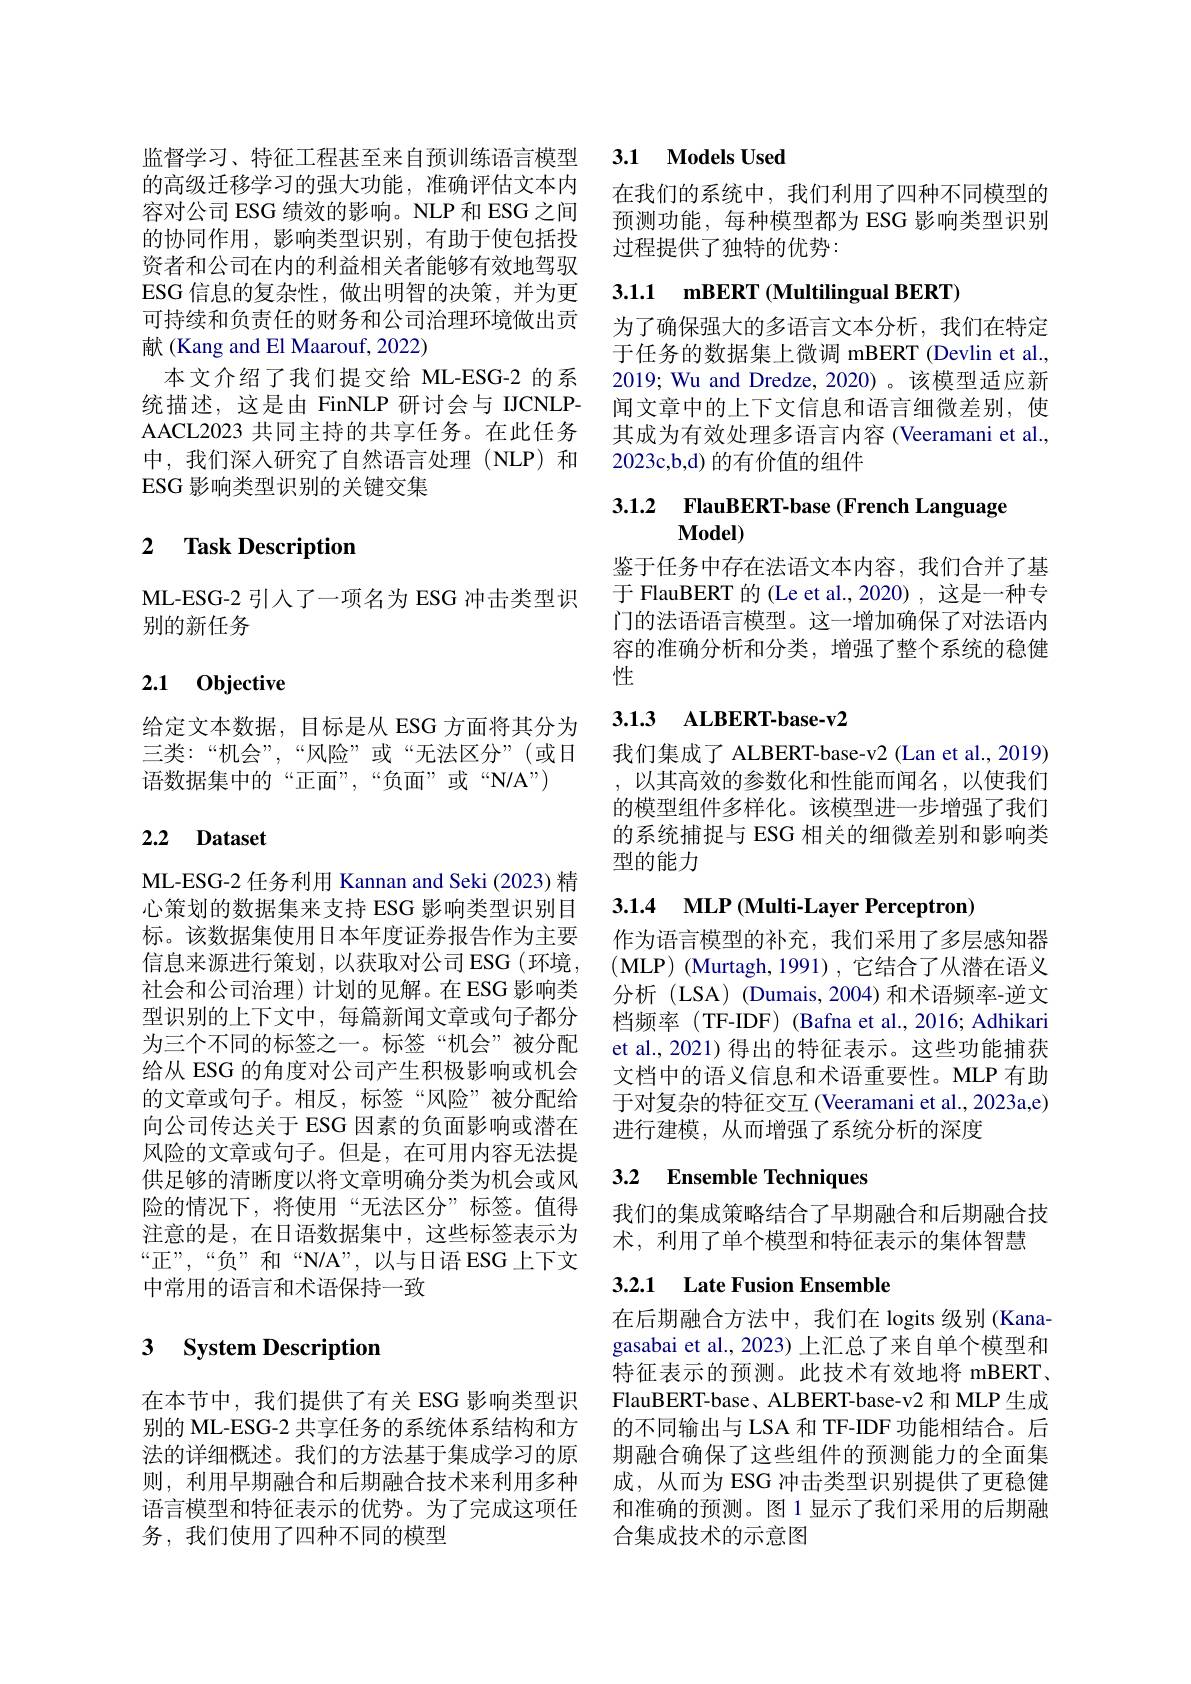
的高级迁移学习的强大功能，准确评估文本内容对公司 ESG 绩效的影响。NLP 和 ESG 之间的协同作用，影响类型识别，有助于使包括投资者和公司在内的利益相关者能够有效地驾驭ESG 信息的复杂性，做出明智的决策，并为更可持续和负责任的财务和公司治理环境做出贡献(Kang and El Maarouf, 2022)
本文介绍了我们提交给 ML-ESG-2 的系统描述，这是由 FinNLP 研讨会与 IJCNLPAACL2023 共同主持的共享任务。在此任务中，我们深人研究了自然语言处理(NLP)和ESG 影响类型识别的关键交集

### 2 $\textbf{Task Description}$

ML-ESG-2 引入了一项名为 ESG 冲击类型识
别的新任务

## 2.1 0bjective

给定文本数据，目标是从 ESG 方面将其分为三类：“机会”,“风险”或“无法区分”(或日语数据集中的“正面”,“负面”或“N/A”)

### 2.2 Dataset

ML-ESG-2 任务利用 Kannan and Seki (2023) 精心策划的数据集来支持 ESG 影响类型识别目标。该数据集使用日本年度证券报告作为主要信息来源进行策划，以获取对公司ESG(环境， 社会和公司治理)计划的见解。在 ESG 影响类型识别的上下文中，每篇新闻文章或句子都分为三个不同的标签之一。标签“机会”被分配给从 ESG 的角度对公司产生积极影响或机会的文章或句子。相反，标签“风险”被分配给向公司传达关于 ESG 因素的负面影响或潜在风险的文章或句子。但是，在可用内容无法提供足够的清晰度以将文章明确分类为机会或风险的情况下，将使用“无法区分”标签。值得注意的是，在日语数据集中，这些标签表示为“正”,“负”和“N/A”,以与日语ESG上下文中常用的语言和术语保持一致

# 3 System Description

在本节中，我们提供了有关 ESG 影响类型识
务，我们使用了四种不同的模型

## 监督学习、特征工程甚至来自预训练语言模型3.1 $\textbf{Models Used}$

在我们的系统中，我们利用了四种不同模型的预测功能，每种模型都为 ESG 影响类型识别过程提供了独特的优势：

## 3.1.1 mBERT (Multilingual BERT)

为了确保强大的多语言文本分析，我们在特定于任务的数据集上微调 mBERT (Devlin et al., 2019; Wu and Dredze, 2020)。该模型适应新闻文章中的上下文信息和语言细微差别，使其成为有效处理多语言内容 (Veeramani et al., 2023c,b,d) 的有价值的组件

# 3.1.2 $\textbf{FlauBERT- base ( French Language}$

鉴于任务中存在法语文本内容，我们合并了基于 FlauBERT 的 (Le et al.,2020) , 这是一种专门的法语语言模型。这一增加确保了对法语内容的准确分析和分类，增强了整个系统的稳健性

## 3.1.3 ALBERT-base-v2

我们集成了 ALBERT-base-v2 (Lan et al., 2019) ,以其高效的参数化和性能而闻名，以使我们的模型组件多样化。该模型进一步增强了我们的系统捕捉与 ESG 相关的细微差别和影响类型的能力

# 3.1.4 MLP (Multi-Layer Perceptron)

作为语言模型的补充，我们采用了多层感知器(MLP)(Murtagh,1991),它结合了从潜在语义分析 (LSA) (Dumais, 2004) 和术语频率-逆文档频率 (TF-IDF) (Bafna et al., 2016; Adhikari et al., 2021) 得出的特征表示。这些功能捕获文档中的语义信息和术语重要性。MLP 有助于对复杂的特征交互 (Veeramani et al., 2023a,e) 进行建模，从而增强了系统分析的深度

## 3.2 Ensemble Techniques

我们的集成策略结合了早期融合和后期融合技
术，利用了单个模型和特征表示的集体智慧

## 3.2.1 Late Fusion Ensemble

在后期融合方法中，我们在 logits 级别 (Kanagasabai et al., 2023) 上汇总了来自单个模型和特征表示的预测。此技术有效地将 mBERT, FlauBERT-base、ALBERT-base-v2 和 MLP 生成
别的 ML-ESG-2 共享任务的系统体系结构和方 的不同输出与 LSA 和 TF-IDF 功能相结合。后法的详细概述。我们的方法基于集成学习的原 期融合确保了这些组件的预测能力的全面集则，利用早期融合和后期融合技术来利用多种 成，从而为 ESG 冲击类型识别提供了更稳健语言模型和特征表示的优势。为了完成这项任 和准确的预测。图 1 显示了我们采用的后期融
合集成技术的示意图